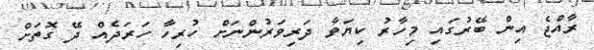
ރާއްޖެ އިން ބޭރުގައި މިހާރު ކިޔަވާ ދަރިވަރުންނަށް ހުރިހާ ހަރަދެއް ދޭ ގޮތަށް